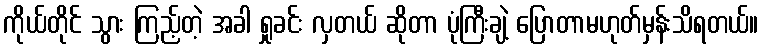
ကိုယ်တိုင် သွား ကြည့်တဲ့ အခါ ရှုခင်း လှတယ် ဆိုတာ ပုံကြီးချဲ့ ပြောတာမဟုတ်မှန်းသိရတယ်။